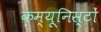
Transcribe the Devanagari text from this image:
कम्यूनिस्टों